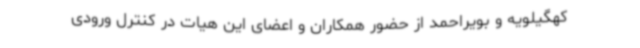
کهگیلویه و بویراحمد از حضور همکاران و اعضای این هیات در کنترل ورودی